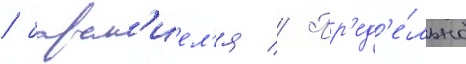
/ барак'иел'я // Пр'ед'е́льно